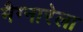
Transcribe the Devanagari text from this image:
मैग्नारेला